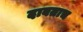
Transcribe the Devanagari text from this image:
दाबताच